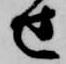
せ